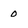
Character: 0